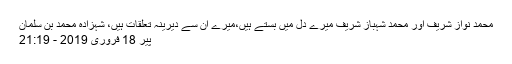
محمد نواز شریف اور محمد شہباز شریف میرے دل میں بستے ہیں،میرے ان سے دیرینہ تعلقات ہیں، شہزادہ محمد بن سلمان
پیر 18 فروری 2019 - 21:19